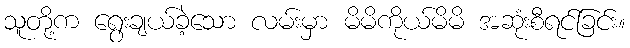
သူတို့က ရွေးချယ်ခဲ့သော လမ်းမှာ မိမိကိုယ်မိမိ အဆုံးစီရင်ခြင်း။